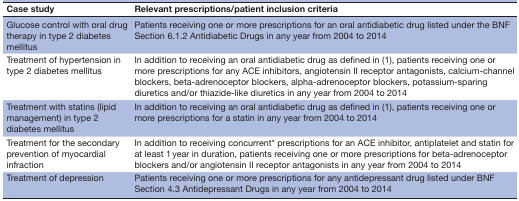
<table><thead><tr><td><b>Case study</b></td><td><b>Relevant prescriptions/patient inclusion criteria</b></td></tr></thead><tbody><tr><td>Glucose control with oral drug therapy in type 2 diabetes mellitus</td><td>Patients receiving one or more prescriptions for an oral antidiabetic drug listed under the BNF Section 6.1.2 Antidiabetic Drugs in any year from 2004 to 2014</td></tr><tr><td>Treatment of hypertension in type 2 diabetes mellitus</td><td>In addition to receiving an oral antidiabetic drug as defined in (1), patients receiving one or more prescriptions for any ACE inhibitors, angiotensin II receptor antagonists, calcium-channel blockers, beta-adrenoceptor blockers, alpha-adrenoceptor blockers, potassium-sparing diuretics and/or thiazide-like diuretics in any year from 2004 to 2014</td></tr><tr><td>Treatment with statins (lipid management) in type 2 diabetes mellitus</td><td>In addition to receiving an oral antidiabetic drug as defined in (1), patients receiving one or more prescriptions for a statin in any year from 2004 to 2014</td></tr><tr><td>Treatment for the secondary prevention of myocardial infraction</td><td>In addition to receiving concurrent* prescriptions for an ACE inhibitor, antiplatelet and statin for at least 1 year in duration, patients receiving one or more prescriptions for beta-adrenoceptor blockers and/or angiotensin II receptor antagonists in any year from 2004 to 2014</td></tr><tr><td>Treatment of depression</td><td>Patients receiving one or more prescriptions for any antidepressant drug listed under BNF Section 4.3 Antidepressant Drugs in any year from 2004 to 2014</td></tr></tbody></table>